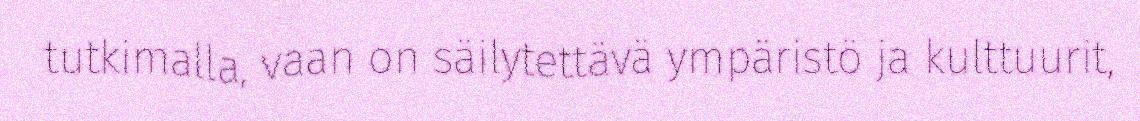
tutkimalla, vaan on säilytettävä ympäristö ja kulttuurit,